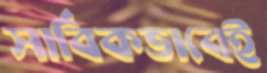
সার্বিকভাবেই